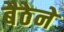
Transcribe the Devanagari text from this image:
बैठेने